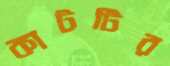
কাটটির